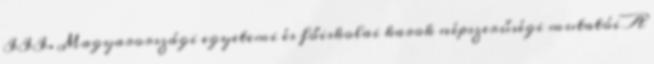
III. Magyarországi egyetemi és főiskolai karok népszerűségi mutatói A